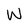
Character: W